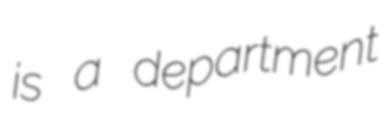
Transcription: is a department